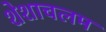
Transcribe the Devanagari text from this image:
शेशाचलम